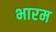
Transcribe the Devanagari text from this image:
भारम